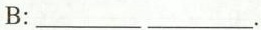
B:___ ___.